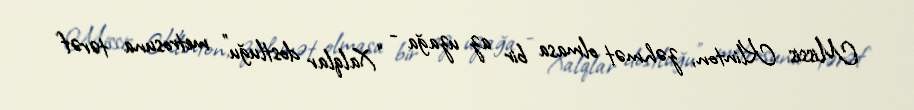
Missis Klinton, zəhmət olmasa bir az uzağa - “Xalqlar dostluğu” metrosuna tərəf